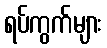
ရပ်ကွက်များ